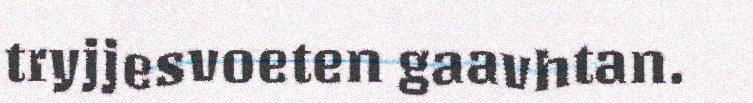
tryjjesvoeten gaavhtan.